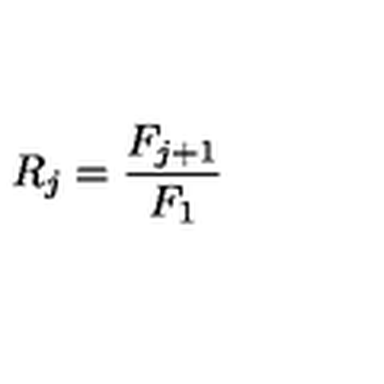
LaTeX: R _ { j } = \frac { F _ { j + 1 } } { F _ { 1 } }